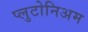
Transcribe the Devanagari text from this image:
प्लुटोनिअम